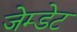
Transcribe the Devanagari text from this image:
जेम्डेट